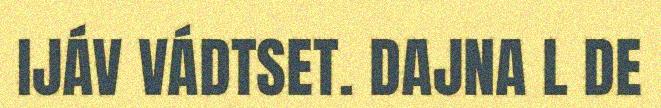
IJÁV VÁDTSET. DAJNA L DE